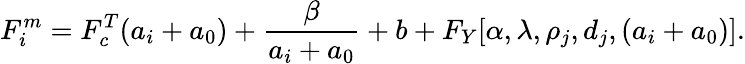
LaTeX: F_{i}^{m}=F_{c}^{T}(a_{i}+a_{0})+\frac{\beta}{a_{i}+a_{0}}+b+F_{Y}[\alpha,\lambda,\rho_{j},d_{j},(a_{i}+a_{0})].